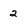
Character: 2